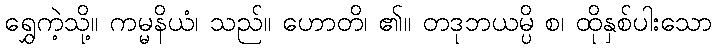
ရွှေကဲ့သို့။ ကမ္မနိယံ၊ သည်။ ဟောတိ၊ ၏။ တဒုဘယမ္ပိ စ၊ ထိုနှစ်ပါးသော